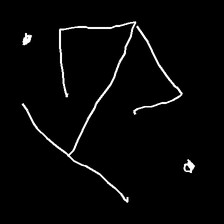
Glyph: earth